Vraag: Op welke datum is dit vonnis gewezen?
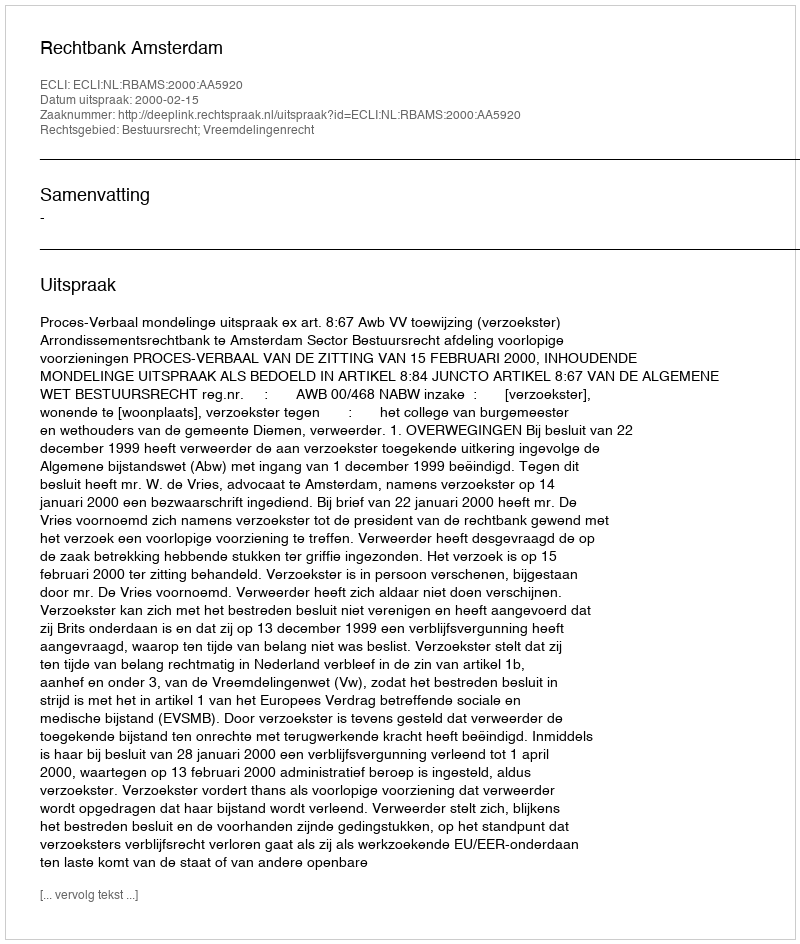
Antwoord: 2000-02-15